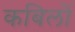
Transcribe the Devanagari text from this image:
कबिलों